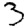
Digit: 3